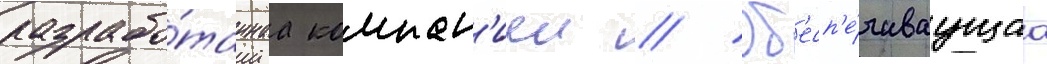
разрабо́таннаа компан'иеи // Об'есп'е́чиваущаа